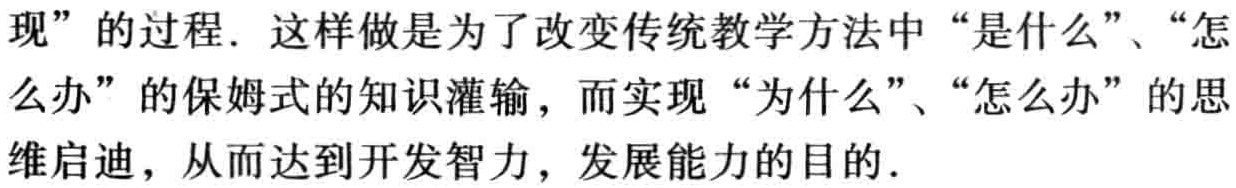
现”的过程. 这样做是为了改变传统教学方法中“是什么”、“怎么办”的保姆式的知识灌输，而实现“为什么”、“怎么办”的思维启迪，从而达到开发智力，发展能力的目的.